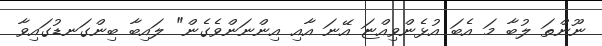
ނޫންތަ ލުބާ މަ އެބަ އުޅެންވިއްޏަ އޭނަ އާއި އިންނަންވެގެން" ލައިބާ ބިންގަނޑުގައިވާ